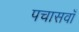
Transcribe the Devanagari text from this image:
पचासवाँ